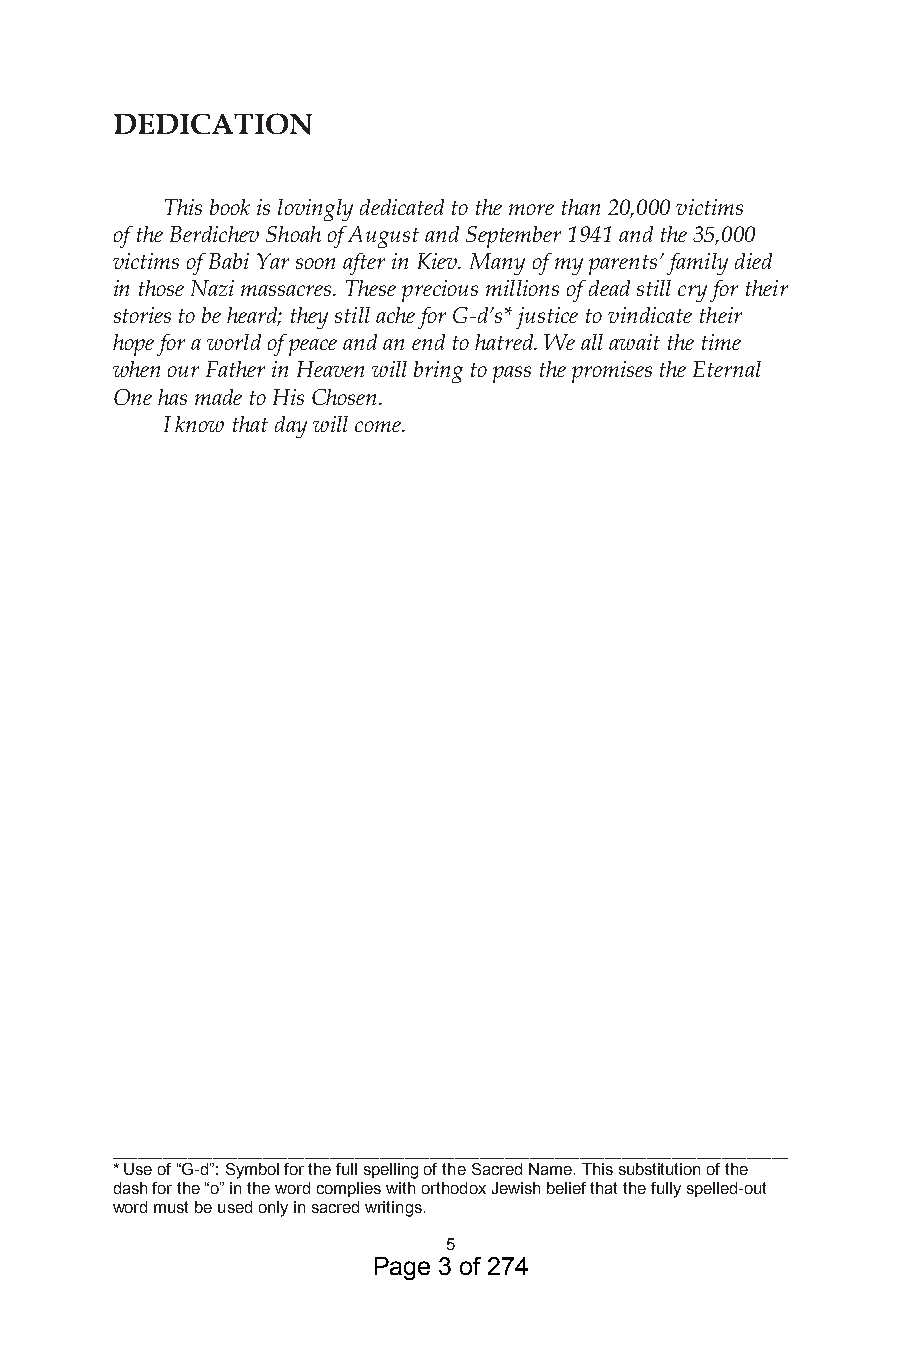
DEDICATION
 This book is lovingly dedicated to the more than 20,000 victims
 of the Berdichev Shoah of August and September 1941 and the 35,000
 victims of Babi Yar soon after in Kiev. Many of my parents’ family died
 in those Nazi massacres. These precious millions of dead still cry for their
 stories to be heard; they still ache for G-d’s* justice to vindicate their
 hope for a world of peace and an end to hatred. We all await the time
 when our Father in Heaven will bring to pass the promises the Eternal
 One has made to His Chosen.
 I know that day will come.
 _________________________________________________________________________________
 * Use of “G-d”: Symbol for the full spelling of the Sacred Name. This substitution of the
 dash for the “o” in the word complies with orthodox Jewish belief that the fully spelled-out
 word must be used only in sacred writings.
 5
 Page 3 of 274